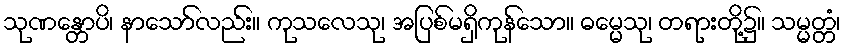
သုဏန္တောပိ၊ နာသော်လည်း။ ကုသလေသု၊ အပြစ်မရှိကုန်သော။ ဓမ္မေသု၊ တရားတို့၌။ သမ္မတ္တံ၊